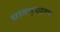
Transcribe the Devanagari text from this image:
सातार्‍यातच